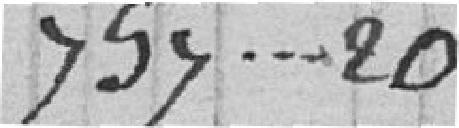
757,20